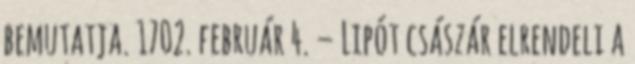
bemutatja. 1702. február 4. – Lipót császár elrendeli a